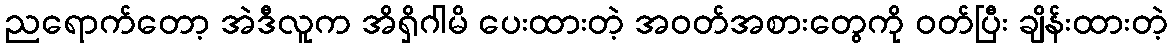
ညရောက်တော့ အဲဒီလူက အိရှိဂါမိ ပေးထားတဲ့ အဝတ်အစားတွေကို ဝတ်ပြီး ချိန်းထားတဲ့